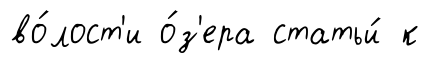
во́лост'и о́з'ера статьи́ к